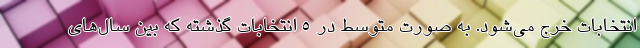
انتخابات خرج می‌شود. به صورت متوسط در 5 انتخابات گذشته که بین سال‌های